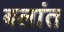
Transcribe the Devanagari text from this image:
बलांत